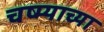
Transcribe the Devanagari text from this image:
चष्म्याच्या